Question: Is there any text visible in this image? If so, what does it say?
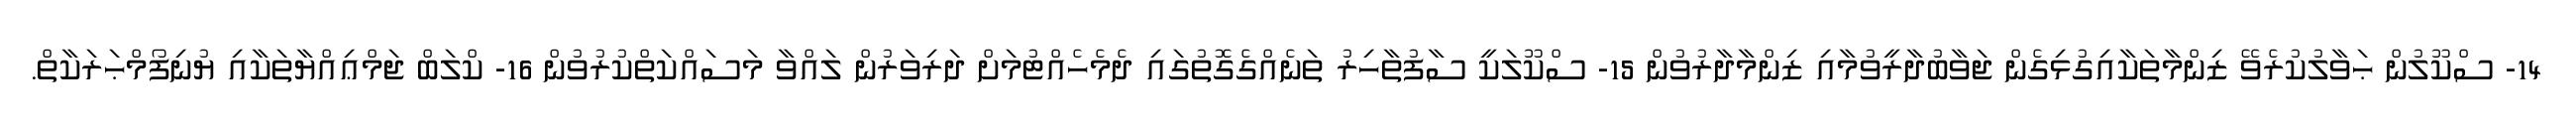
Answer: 14- ސްކޫލުން ޙަވާލުކުރެވޭ ޒިންމާތަކާއިގުޅިގެން ޖަވާބުދާރީވުމާއި ޒިންމާދާރުވުން 15- ސްކޫލަކީ ސާފުތާހިރު ތަނެއްގެގޮތުގައި ދެމެހެއްޓުމަށް ދަރިވަރުން ލައްވާ މަސައްކަތްކުރުވުން 16- ކްލަބް ޖަމްޢިއްޔާތަކާއި ޔުނިފޯމްޙަރަކާތް.